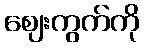
ဈေးကွက်ကို